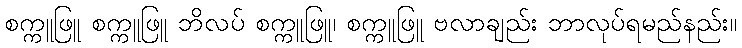
စက္ကူဖြူ စက္ကူဖြူ ဘိလပ် စက္ကူဖြူ၊ စက္ကူဖြူ ဗလာချည်း ဘာလုပ်ရမည်နည်း။